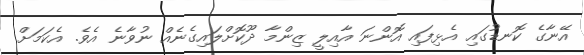
އޭނާގެ ކޮނޑުގައި އެޅިފައި އޮންނަ އާއިލީ ޒިންމާ ދޫކޮށްލައިގެނެއް ނުވާނެ އެވެ. އެކަމަށް